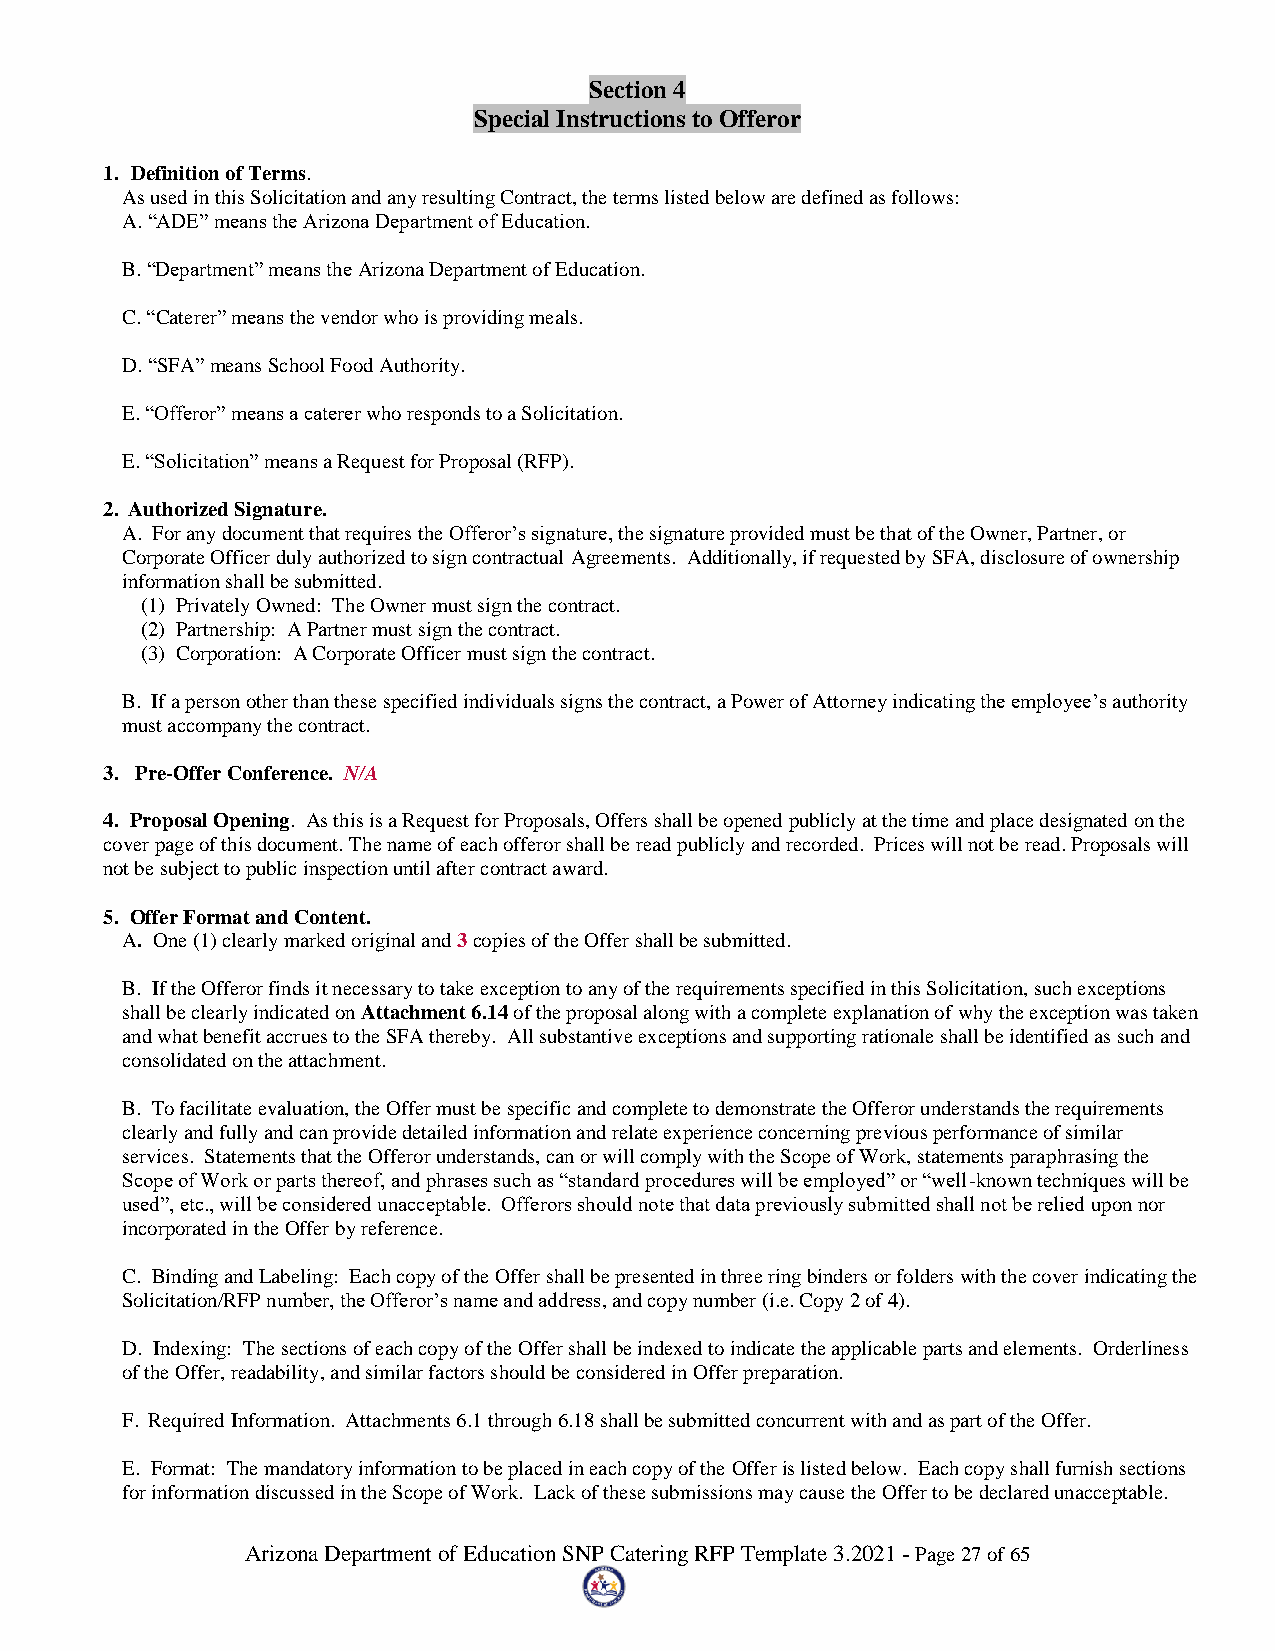
Section 4
 Special Instructions to Offeror
 1. Definition of Terms.
 As used in this Solicitation and any resulting Contract, the terms listed below are defined as follows:
 A. “ADE” means the Arizona Department of Education.
 B. “Department” means the Arizona Department of Education.
 C. “Caterer” means the vendor who is providing meals.
 D. “SFA” means School Food Authority.
 E. “Offeror” means a caterer who responds to a Solicitation.
 E. “Solicitation” means a Request for Proposal (RFP).
 2. Authorized Signature.
 A. For any document that requires the Offeror’s signature, the signature provided must be that of the Owner, Partner, or
 Corporate Officer duly authorized to sign contractual Agreements. Additionally, if requested by SFA, disclosure of ownership
 information shall be submitted.
 (1) Privately Owned: The Owner must sign the contract.
 (2) Partnership: A Partner must sign the contract.
 (3) Corporation: A Corporate Officer must sign the contract.
 B. If a person other than these specified individuals signs the contract, a Power of Attorney indicating the employee’s authority
 must accompany the contract.
 3. Pre-Offer Conference. N/A
 4. Proposal Opening. As this is a Request for Proposals, Offers shall be opened publicly at the time and place designated on the
 cover page of this document. The name of each offeror shall be read publicly and recorded. Prices will not be read. Proposals will
 not be subject to public inspection until after contract award.
 5. Offer Format and Content.
 A. One (1) clearly marked original and 3 copies of the Offer shall be submitted.
 B. If the Offeror finds it necessary to take exception to any of the requirements specified in this Solicitation, such exceptions
 shall be clearly indicated on Attachment 6.14 of the proposal along with a complete explanation of why the exception was taken
 and what benefit accrues to the SFA thereby. All substantive exceptions and supporting rationale shall be identified as such and
 consolidated on the attachment.
 B. To facilitate evaluation, the Offer must be specific and complete to demonstrate the Offeror understands the requirements
 clearly and fully and can provide detailed information and relate experience concerning previous performance of similar
 services. Statements that the Offeror understands, can or will comply with the Scope of Work, statements paraphrasing the
 Scope of Work or parts thereof, and phrases such as “standard procedures will be employed” or “well-known techniques will be
 used”, etc., will be considered unacceptable. Offerors should note that data previously submitted shall not be relied upon nor
 incorporated in the Offer by reference.
 C. Binding and Labeling: Each copy of the Offer shall be presented in three ring binders or folders with the cover indicating the
 Solicitation/RFP number, the Offeror’s name and address, and copy number (i.e. Copy 2 of 4).
 D. Indexing: The sections of each copy of the Offer shall be indexed to indicate the applicable parts and elements. Orderliness
 of the Offer, readability, and similar factors should be considered in Offer preparation.
 F. Required Information. Attachments 6.1 through 6.18 shall be submitted concurrent with and as part of the Offer.
 E. Format: The mandatory information to be placed in each copy of the Offer is listed below. Each copy shall furnish sections
 for information discussed in the Scope of Work. Lack of these submissions may cause the Offer to be declared unacceptable.
 Arizona Department of Education SNP Catering RFP Template 3.2021 - Page 27 of 65